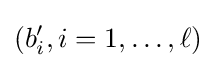
(b'_{i},i=1,\dots ,\ell )